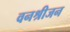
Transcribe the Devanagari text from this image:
वनश्रीजन